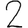
Digit: 2